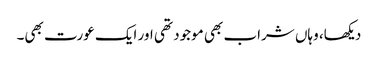
دیکھا، وہاں شراب بھی موجود تھی اور ایک عورت بھی۔